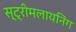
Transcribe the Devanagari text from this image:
स्ट्रीमलायनिंग